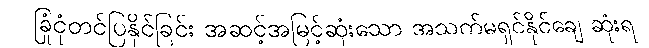
ခြုံငုံတင်ပြနိုင်ခြင်း အဆင့်အမြင့်ဆုံးသော အသက်မရှင်နိုင်ချေ ဆုံးရ